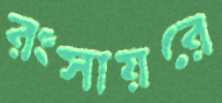
রংসায়রে